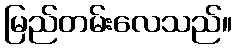
မြည်တမ်းလေသည်။